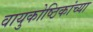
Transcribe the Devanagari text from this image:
वायुकोष्ठिकांच्या